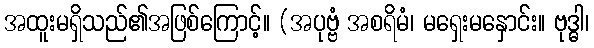
အထူးမရှိသည်၏အဖြစ်ကြောင့်။ (အပုဗ္ဗံ အစရိမံ၊ မရှေးမနှောင်း။ ဗုဒ္ဓါ၊